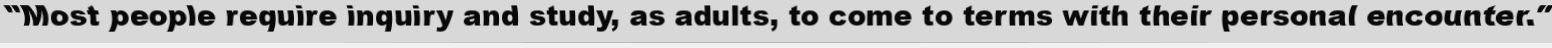
"Most people require inquiry and study, as adults, to come to terms with their personal encounter."